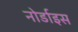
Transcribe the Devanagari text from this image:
नोर्डाइस